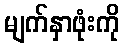
မျက်နှာဖုံးကို